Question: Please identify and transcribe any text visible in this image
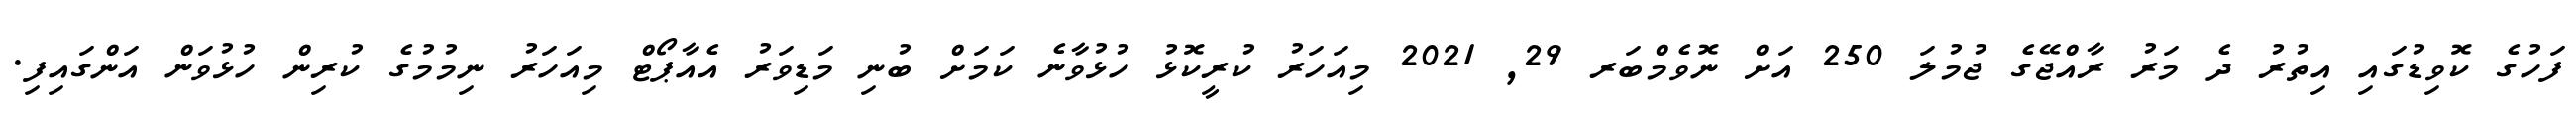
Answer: ފަހުގެ ކޮވިޑުގައި އިތުރު ދެ މަރު ރާއްޖޭގެ ޖުމުލަ 250 އަށް ނޮވެމްބަރ 29, 2021 މިއަހަރު ކުރީކޮޅު ހުޅުވާނެ ކަމަށް ބުނި މަޑިވަރު އެއާޕޯޓް މިއަހަރު ނިމުމުގެ ކުރިން ހުޅުވަން އަންގައިފި.